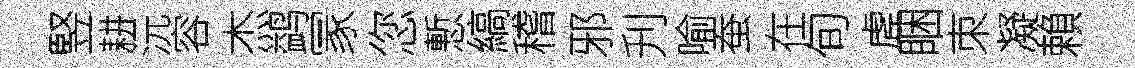
竪耕沅容杰鹢冡您慙縞稽邪刋喻蚕在旬虗睏朿凝賴